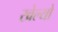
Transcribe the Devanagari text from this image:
खेल्यो